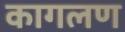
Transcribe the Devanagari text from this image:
कागलण